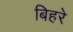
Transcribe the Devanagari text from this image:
बिहरे